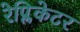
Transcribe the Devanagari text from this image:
रेप्लिकेटर